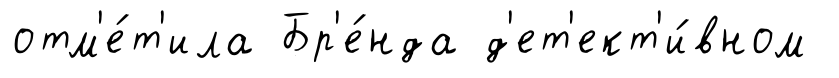
отм'е́т'ила Бр'е́нда д'ет'ект'и́вном